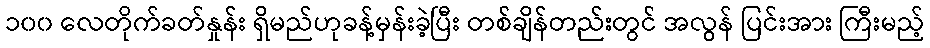
၁၀၀ လေတိုက်ခတ်နှုန်း ရှိမည်ဟုခန့်မှန်းခဲ့ပြီး တစ်ချိန်တည်းတွင် အလွန် ပြင်းအား ကြီးမည့်